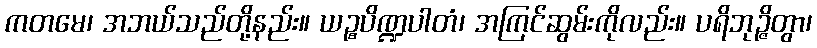
ကတမေ၊ အဘယ်သည်တို့နည်း။ ယဉ္စပိဏ္ဍပါတံ၊ အကြင်ဆွမ်းကိုလည်း။ ပရိဘုဉ္ဇိတွာ၊